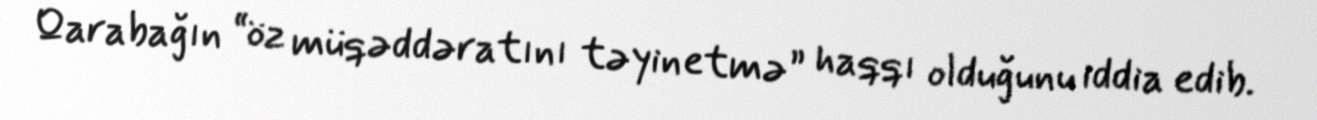
Qarabağın “öz müqəddəratını təyinetmə” haqqı olduğunu iddia edib.